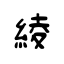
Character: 綾